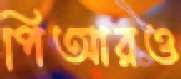
পিআরও